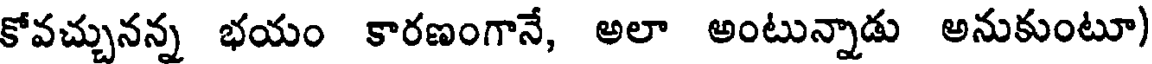
కోవచ్చునన్న భయం కారణంగానే, అలా అంటున్నాడు అనుకుంటూ)